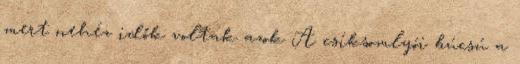
mert nehéz idők voltak azok A csíksomlyói búcsú a